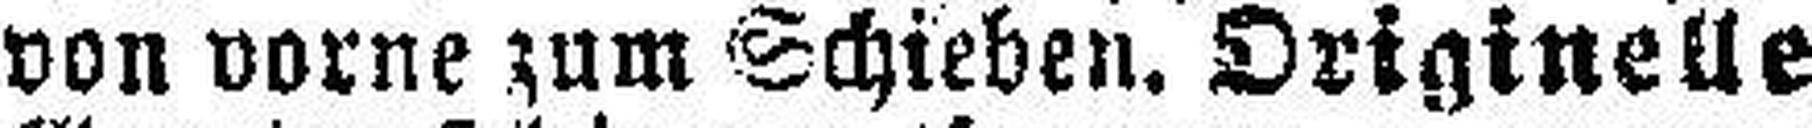
von vorne zum Schieben. Originelle